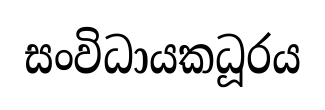
සංවිධායකධූරය